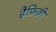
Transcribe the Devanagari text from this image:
हैफ़िज़ी